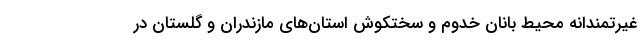
غیرتمندانه محیط بانان خدوم و سختکوش استان‌های مازندران و گلستان در